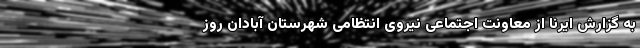
به گزارش ایرنا از معاونت اجتماعی نیروی انتظامی شهرستان آبادان روز